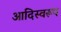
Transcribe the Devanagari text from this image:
आदिस्वरूप